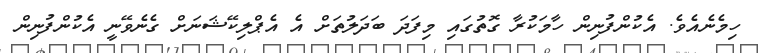
ހިމެނެއެވެ. އެކުންފުނިން ހާމަކުރާ ގޮތުގައި މިފަދަ ބަދަލުތަށް އެ އެޕްލިކޭޝަނަށް ގެނެވޭނީ އެކުންފުނިން